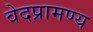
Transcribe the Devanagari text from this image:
वेदप्रामण्य